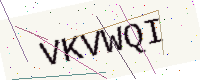
Text: VKVWQI